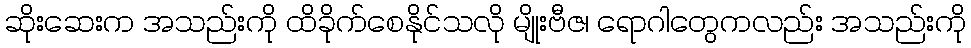
ဆိုးဆေးက အသည်းကို ထိခိုက်စေနိုင်သလို မျိုးဗီဇ၊ ရောဂါတွေကလည်း အသည်းကို